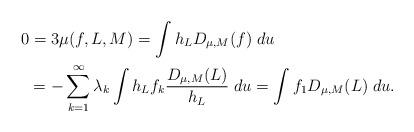
LaTeX: \begin{align*}0&=3 \mu(f,L,M)=\int h_{L}D_{\mu,M}(f) \; du \\ &= -\sum_{k=1}^\infty \lambda_k \int h_{L}f_k \frac{D_{\mu,M}(L)}{h_L}\; du= \int f_{1} D_{\mu,M}(L) \;du.\end{align*}